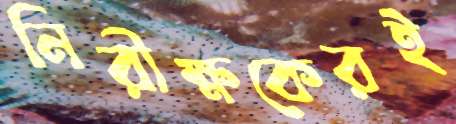
নিরীক্ষকেরই